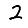
Digit: 2